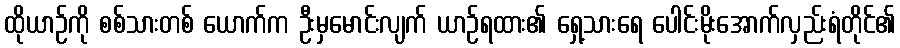
ထိုယာဉ်ကို စစ်သားတစ် ယောက်က ဦးမှမောင်းလျက် ယာဉ်ရထား၏ ရှေ့သားရေ ပေါင်းမိုးအောက်လှည်းရံတိုင်၏